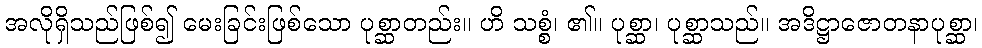
အလိုရှိသည်ဖြစ်၍ မေးခြင်းဖြစ်သော ပုစ္ဆာတည်း။ ဟိ သစ္စံ၊ ၏။ ပုစ္ဆာ၊ ပုစ္ဆာသည်။ အဒိဋ္ဌာဇောတနာပုစ္ဆာ၊